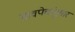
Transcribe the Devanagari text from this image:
डावपेचांनुसार